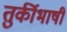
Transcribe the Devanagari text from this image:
तुर्कीभाषी